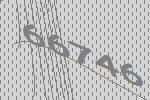
66746